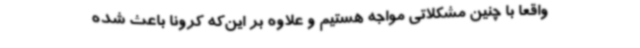
واقعا با چنین مشکلاتی مواجه هستیم و علاوه بر این‌که کرونا باعث شده